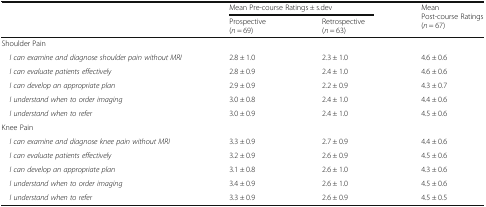
| <ROWSPAN=2>  | <COLSPAN=2> Mean Pre-course Ratings ± s.dev | <ROWSPAN=2> Mean Post-course Ratings(n = 67) |
 | Prospective(n = 69) | Retrospective(n = 63) |
 | --- | --- | --- | --- |
 | <COLSPAN=4> Shoulder Pain |
 | I can examine and diagnose shoulder pain without MRI | 2.8 ± 1.0 | 2.3 ± 1.0 | 4.6 ± 0.6 |
 | I can evaluate patients effectively | 2.8 ± 0.9 | 2.4 ± 1.0 | 4.6 ± 0.6 |
 | I can develop an appropriate plan | 2.9 ± 0.9 | 2.2 ± 0.9 | 4.3 ± 0.7 |
 | I understand when to order imaging | 3.0 ± 0.8 | 2.4 ± 1.0 | 4.4 ± 0.6 |
 | I understand when to refer | 3.0 ± 0.9 | 2.4 ± 1.0 | 4.5 ± 0.6 |
 | <COLSPAN=4> Knee Pain |
 | I can examine and diagnose knee pain without MRI | 3.3 ± 0.9 | 2.7 ± 0.9 | 4.4 ± 0.6 |
 | I can evaluate patients effectively | 3.2 ± 0.9 | 2.6 ± 0.9 | 4.5 ± 0.6 |
 | I can develop an appropriate plan | 3.1 ± 0.8 | 2.6 ± 1.0 | 4.3 ± 0.6 |
 | I understand when to order imaging | 3.4 ± 0.9 | 2.6 ± 1.0 | 4.5 ± 0.6 |
 | I understand when to refer | 3.3 ± 0.9 | 2.6 ± 0.9 | 4.5 ± 0.5 |